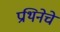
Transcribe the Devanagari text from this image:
प्रथिनेचे